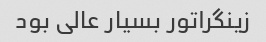
زینگراتور بسیار عالی بود